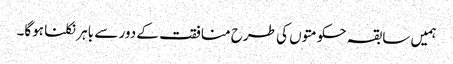
ہمیں سابقہ حکومتوں کی طرح منافقت کے دور سے باہر نکلنا ہوگا۔